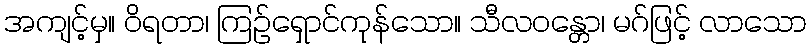
အကျင့်မှ။ ဝိရတာ၊ ကြဉ်ရှောင်ကုန်သော။ သီလဝန္တော၊ မဂ်ဖြင့် လာသော